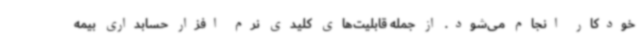
خودکار انجام می‌شود. از جمله قابلیت‌های کلیدی نرم افزار حسابداری بیمه